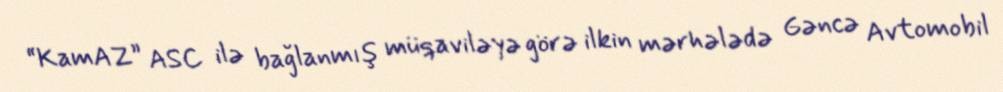
“KamAZ” ASC ilə bağlanmış müqaviləyə görə ilkin mərhələdə Gəncə Avtomobil